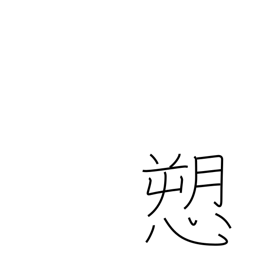
Meaning: complain of